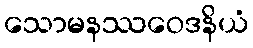
သောမနဿဝေဒနိယံ